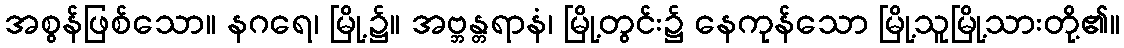
အစွန်ဖြစ်သော။ နဂရေ၊ မြို့၌။ အဗ္ဘန္တရာနံ၊ မြို့တွင်း၌ နေကုန်သော မြို့သူမြို့သားတို့၏။